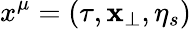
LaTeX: x^{\mu}=(\tau,{\mathbf{x}_{\perp}},\eta_{s})